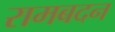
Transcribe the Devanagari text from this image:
रामबदन